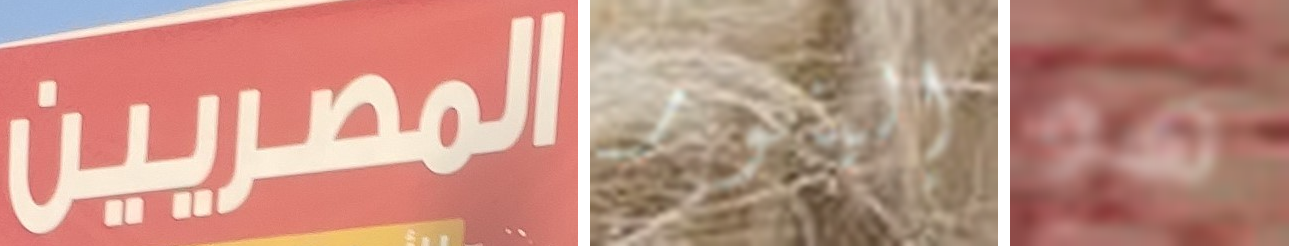
المصريين إلينور هو